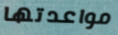
مواعدتها